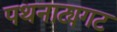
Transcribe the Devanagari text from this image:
पथनाट्यगट